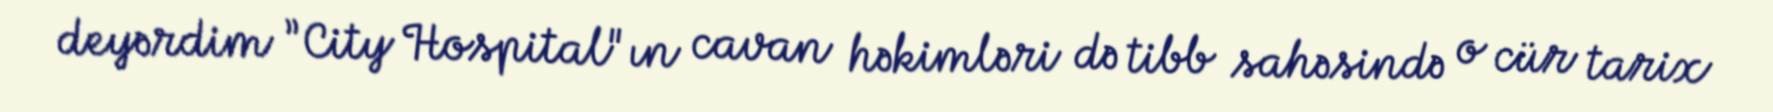
deyərdim ”City Hospital"ın cavan həkimləri də tibb sahəsində o cür tarix